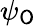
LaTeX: \psi_{\mathsf{O}}